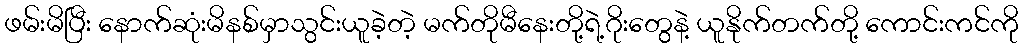
ဖမ်းမိပြီး နောက်ဆုံးမိနစ်မှာသွင်းယူခဲ့တဲ့ မက်တိုမီနေးတို့ရဲ့ဂိုးတွေနဲ့ ယူနိုက်တက်တို့ ကောင်းကင်ကို